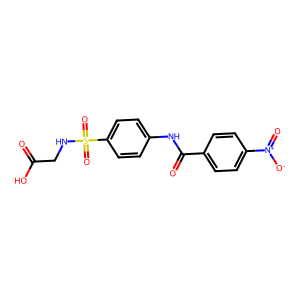
SMILES: O=C(O)CNS(=O)(=O)c1ccc(NC(=O)c2ccc([N+](=O)[O-])cc2)cc1
Inhibits HIV replication: No